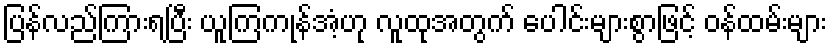
ပြန်လည်ကြားရပြီး ယူကြကုန်အံ့ဟု လူထုအတွက် ပေါင်းများစွာဖြင့် ဝန်ထမ်းများ